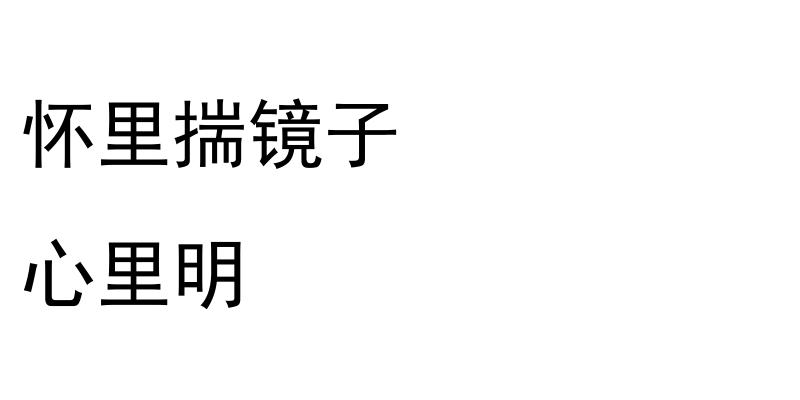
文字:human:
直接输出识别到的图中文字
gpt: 怀里揣镜子 心里明